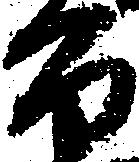
百